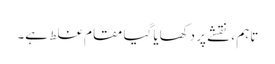
تاہم ، نقشے پر دکھایا گیا مقام غلط ہے۔